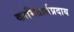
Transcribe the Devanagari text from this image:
कामितार्थप्रदाय